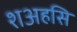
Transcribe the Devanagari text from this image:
शअहसि